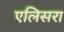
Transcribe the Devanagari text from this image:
एलिसरा